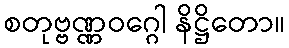
စတုဗ္ဗဏ္ဏဝဂ္ဂေါ နိဋ္ဌိတော။